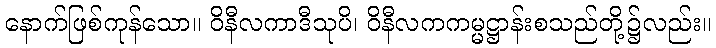
နောက်ဖြစ်ကုန်သော။ ဝိနီလကာဒီသုပိ၊ ဝိနီလကကမ္မဋ္ဌာန်းစသည်တို့၌လည်း။